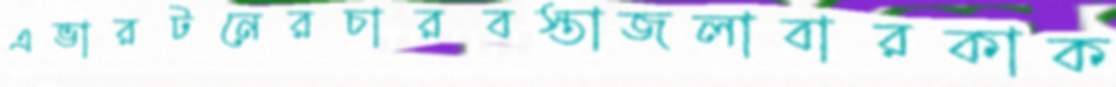
এভারটনেরচারবস্তাজলাবারকাক